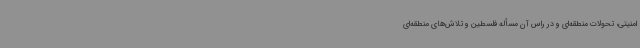
امنیتی، تحولات منطقه‌ای و در راس آن مسأله فلسطین و تلاش‌های منطقه‌ای